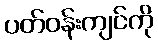
ပတ်ဝန်းကျင်ကို